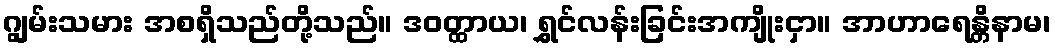
ဂျွမ်းသမား အစရှိသည်တို့သည်။ ဒဝတ္ထာယ၊ ရွှင်လန်းခြင်းအကျိုးငှာ။ အာဟာရေန္တိနာမ၊